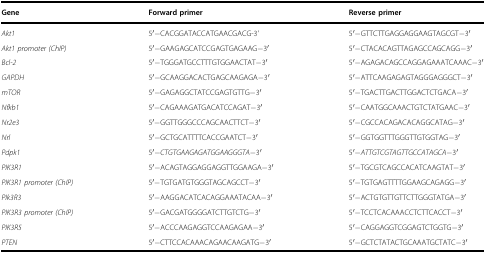
<table><thead><tr><td><b>Gene</b></td><td><b>Forward primer</b></td><td><b>Reverse primer</b></td></tr></thead><tbody><tr><td><i>Akt1</i></td><td>5′−CACGGATACCATGAACGACG-3'</td><td>5′−GTTCTTGAGGAGGAAGTAGCGT−3′</td></tr><tr><td><i>Akt1 promoter (ChIP)</i></td><td>5′−GAAGAGCATCCGAGTGAGAAG−3′</td><td>5′−CTACACAGTTAGAGCCAGCAGG−3′</td></tr><tr><td><i>Bcl-2</i></td><td>5′−TGGGATGCCTTTGTGGAACTAT−3′</td><td>5′−AGAGACAGCCAGGAGAAATCAAAC−3′</td></tr><tr><td><i>GAPDH</i></td><td>5′−GCAAGGACACTGAGCAAGAGA−3′</td><td>5′−ATTCAAGAGAGTAGGGAGGGCT−3′</td></tr><tr><td><i>mTOR</i></td><td>5′−GAGAGGCTATCCGAGTGTTG−3′</td><td>5′−TGACTTGACTTGGACTCTGACA−3′</td></tr><tr><td><i>Nfkb1</i></td><td>5′−CAGAAAGATGACATCCAGAT−3′</td><td>5′−CAATGGCAAACTGTCTATGAAC−3′</td></tr><tr><td><i>Nr2e3</i></td><td>5′−GGTTGGGCCCAGCAACTTCT−3′</td><td>5′−CGCCACAGACACAGGCATAG−3′</td></tr><tr><td><i>Nrl</i></td><td>5′−GCTGCATTTTCACCGAATCT−3′</td><td>5′−GGTGGTTTGGGTTGTGGTAG−3′</td></tr><tr><td><i>Pdpk1</i></td><td>5′−<i>CTGTGAAGAGATGGAAGGGTA</i>−3′</td><td>5′−<i>ATTGTCGTAGTTGCCATAGCA</i>−3′</td></tr><tr><td><i>PIK3R1</i></td><td>5′−ACAGTAGGAGGAGGTTGGAAGA−3′</td><td>5′−TGCGTCAGCCACATCAAGTAT−3′</td></tr><tr><td><i>PIK3R1 promoter (ChIP)</i></td><td>5′−TGTGATGTGGGTAGCAGCCT−3′</td><td>5′−TGTGAGTTTTGGAAGCAGAGG−3′</td></tr><tr><td><i>PIk3R3</i></td><td>5′−AAGGACATCACAGGAAATACAA−3′</td><td>5′−ACTGTGTTGTTCTTGGGTATGA−3′</td></tr><tr><td><i>PIK3R3 promoter (ChIP)</i></td><td>5′−GACGATGGGGATCTTGTCTG−3′</td><td>5′−TCCTCACAAACCTCTTCACCT−3′</td></tr><tr><td><i>PIK3R5</i></td><td>5′−ACCCAAGAGGTCCAAGAGAA−3′</td><td>5′−CAGGAGGTCGGAGTCTGGTG−3′</td></tr><tr><td><i>PTEN</i></td><td>5′−CTTCCACAAACAGAACAAGATG−3′</td><td>5′−GCTCTATACTGCAAATGCTATC−3′</td></tr></tbody></table>